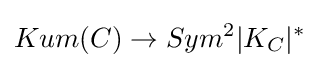
Kum(C)\to Sym^{2}|K_{C}|^{*}